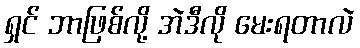
ရှင် ဘာဖြစ်လို့ အဲဒီလို မေးရတာလဲ